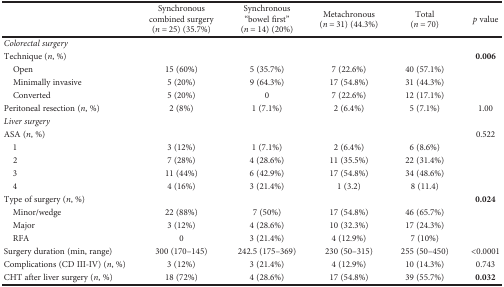
<table><thead><tr><td></td><td><b>Synchronous combined surgery (<i>n</i> = 25) (35.7%)</b></td><td><b>Synchronous “bowel first” (<i>n</i> = 14) (20%)</b></td><td><b>Metachronous (<i>n</i> = 31) (44.3%)</b></td><td><b>Total (<i>n</i> = 70)</b></td><td><b><i>p</i> value</b></td></tr></thead><tbody><tr><td><i>Colorectal surgery</i></td><td></td><td></td><td></td><td></td><td></td></tr><tr><td>Technique (<i>n</i>, %)</td><td></td><td></td><td></td><td></td><td><b>0.006</b></td></tr><tr><td> Open</td><td>15 (60%)</td><td>5 (35.7%)</td><td>7 (22.6%)</td><td>40 (57.1%)</td><td></td></tr><tr><td> Minimally invasive</td><td>5 (20%)</td><td>9 (64.3%)</td><td>17 (54.8%)</td><td>31 (44.3%)</td><td></td></tr><tr><td> Converted</td><td>5 (20%)</td><td>0</td><td>7 (22.6%)</td><td>12 (17.1%)</td><td></td></tr><tr><td>Peritoneal resection (<i>n</i>, %)</td><td>2 (8%)</td><td>1 (7.1%)</td><td>2 (6.4%)</td><td>5 (7.1%)</td><td>1.00</td></tr><tr><td><i>Liver surgery</i></td><td></td><td></td><td></td><td></td><td></td></tr><tr><td>ASA (<i>n</i>, %)</td><td></td><td></td><td></td><td></td><td>0.522</td></tr><tr><td> 1</td><td>3 (12%)</td><td>1 (7.1%)</td><td>2 (6.4%)</td><td>6 (8.6%)</td><td></td></tr><tr><td> 2</td><td>7 (28%)</td><td>4 (28.6%)</td><td>11 (35.5%)</td><td>22 (31.4%)</td><td></td></tr><tr><td> 3</td><td>11 (44%)</td><td>6 (42.9%)</td><td>17 (54.8%)</td><td>34 (48.6%)</td><td></td></tr><tr><td> 4</td><td>4 (16%)</td><td>3 (21.4%)</td><td>1 (3.2)</td><td>8 (11.4)</td><td></td></tr><tr><td>Type of surgery (<i>n</i>, %)</td><td></td><td></td><td></td><td></td><td><b>0.024</b></td></tr><tr><td> Minor/wedge</td><td>22 (88%)</td><td>7 (50%)</td><td>17 (54.8%)</td><td>46 (65.7%)</td><td></td></tr><tr><td> Major</td><td>3 (12%)</td><td>4 (28.6%)</td><td>10 (32.3%)</td><td>17 (24.3%)</td><td></td></tr><tr><td> RFA</td><td>0</td><td>3 (21.4%)</td><td>4 (12.9%)</td><td>7 (10%)</td><td></td></tr><tr><td>Surgery duration (min, range)</td><td>300 (170–145)</td><td>242.5 (175–369)</td><td>230 (50–315)</td><td>255 (50–450)</td><td>&lt;0.0001</td></tr><tr><td>Complications (CD III-IV) (<i>n</i>, %)</td><td>3 (12%)</td><td>3 (21.4%)</td><td>4 (12.9%)</td><td>10 (14.3%)</td><td>0.743</td></tr><tr><td>CHT after liver surgery (<i>n</i>, %)</td><td>18 (72%)</td><td>4 (28.6%)</td><td>17 (54.8%)</td><td>39 (55.7%)</td><td><b>0.032</b></td></tr></tbody></table>